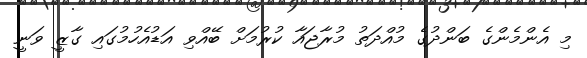
މި އެންމެންގެ ބަންދުގެ މުއްދަތު މުރާޖައާ ކުރުމަށް ބޭއްވި އަޑުއެހުމުގައި ގާޒީ ވަނީ